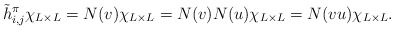
\begin{align*}\tilde{h}^{\pi}_{i,j} \chi_{L\times L}=N(v)\chi_{L\times L}=N(v)N(u)\chi_{L\times L}=N(vu)\chi_{L\times L}.\end{align*}